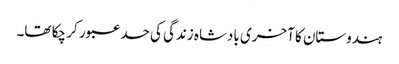
ہندوستان کا آخری بادشاہ زندگی کی حد عبور کر چکا تھا۔